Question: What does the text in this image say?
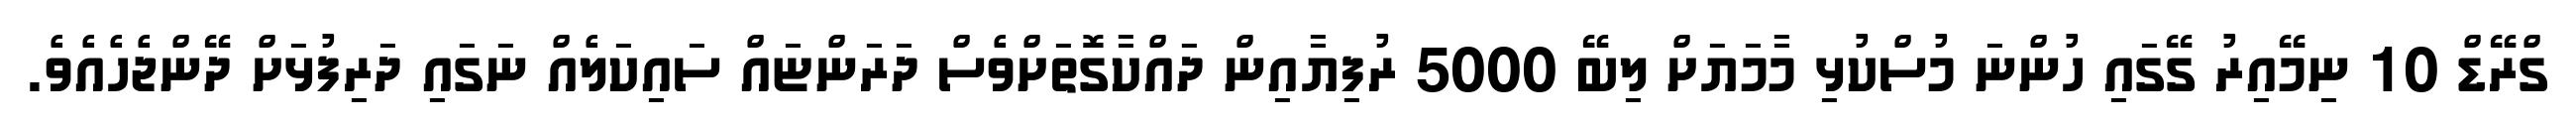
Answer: ގްރޭޑް 10 ނިމޭއިރު ގޭގައި ހުންނަ މުސްކުޅި މާމަޔަށް ލިބޭ 5000 ރުފިޔާއިން ދައްކާގޮތަށްވެސް ދަރަންޏައް ސައިކަލެއް ނަގައި ދަރިފުޅަށް ދޭންޖެހެއެވެ.